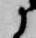
に